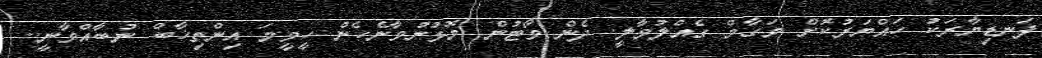
ފަނޑިޔާރަކު ހައްޔަރުކޮށް މަގާމް ގެއްލުވާލީ. ދެން ވޯޓުން މޮޅުނުވާނެހެން ހީވީމަ އިންތިޚާބް ނުބާއްވާނީ..